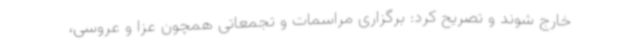
خارج شوند و تصریح کرد: برگزاری مراسمات و تجمعاتی همچون عزا و عروسی،